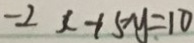
- 2 x + 5 y = 1 0